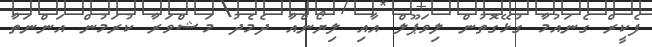
ފެކީރް ގެނައުމާ ގުޅޭގޮތުން ލިވަޕޫލް އާއި ލިޔޯންއާ ދެމެދު މަޝްވަރާ ކުރަމުން އަންނަތާ